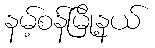
နမ့်စန်မြို့နယ်